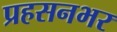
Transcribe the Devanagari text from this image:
प्रहसनभर